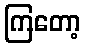
ကြတော့